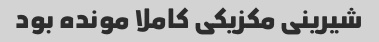
شیرینی مکزیکی کاملا مونده بود